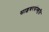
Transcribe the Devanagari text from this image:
साइबरसंस्कृति